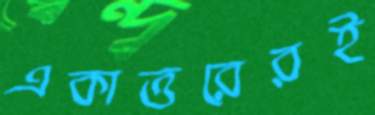
একাত্তরেরই